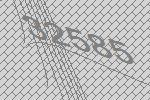
32585